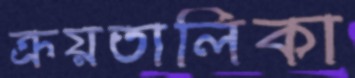
ক্রয়তালিকা